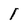
Character: I